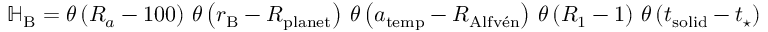
\begin{array} { r } { \mathbb H _ { \mathrm { B } } = \theta \left( R _ { a } - 1 0 0 \right) \, \theta \left( r _ { \mathrm { B } } - R _ { \mathrm { p l a n e t } } \right) \, \theta \left( a _ { \mathrm { t e m p } } - R _ { \mathrm { A l f v \' e n } } \right) \, \theta \left( R _ { 1 } - 1 \right) \, \theta \left( t _ { \mathrm { s o l i d } } - t _ { \star } \right) } \end{array}